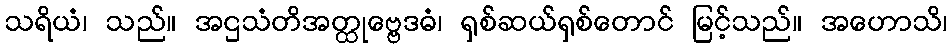
သရိယံ၊ သည်။ အဌသံတိအတ္ထုဗ္ဗေဒဓံ၊ ရှစ်ဆယ်ရှစ်တောင် မြင့်သည်။ အဟောသိ၊